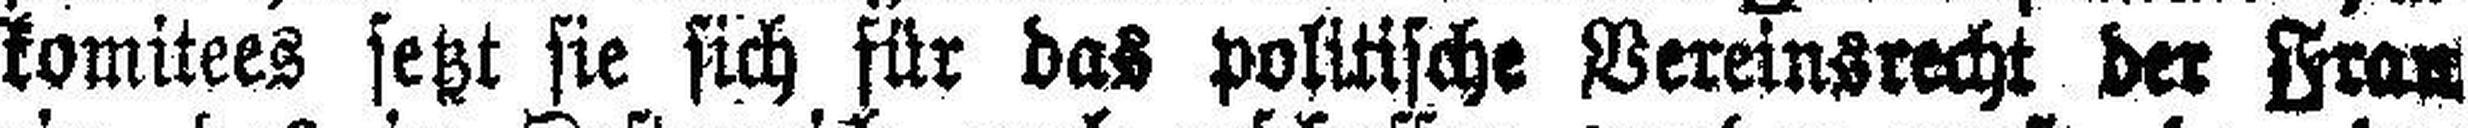
komitees setzt sie sich für das politische Vereinsrecht der Fra###